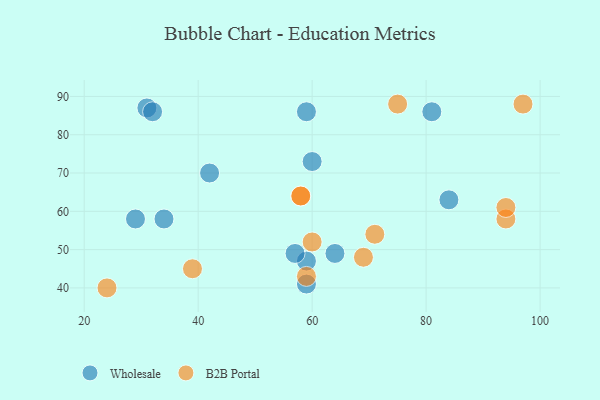
{"axis": {"x": "GDP", "y": "Life Expectancy"}, "legend": ["B2B Portal", "Wholesale"], "data": [{"x": "59", "y": 47, "type": "Wholesale"}, {"x": "31", "y": 87, "type": "Wholesale"}, {"x": "32", "y": 86, "type": "Wholesale"}, {"x": "59", "y": 41, "type": "Wholesale"}, {"x": "42", "y": 70, "type": "Wholesale"}, {"x": "60", "y": 73, "type": "Wholesale"}, {"x": "59", "y": 86, "type": "Wholesale"}, {"x": "29", "y": 58, "type": "Wholesale"}, {"x": "57", "y": 49, "type": "Wholesale"}, {"x": "64", "y": 49, "type": "Wholesale"}, {"x": "34", "y": 58, "type": "Wholesale"}, {"x": "81", "y": 86, "type": "Wholesale"}, {"x": "84", "y": 63, "type": "Wholesale"}, {"x": "97", "y": 88, "type": "B2B Portal"}, {"x": "59", "y": 43, "type": "B2B Portal"}, {"x": "69", "y": 48, "type": "B2B Portal"}, {"x": "94", "y": 58, "type": "B2B Portal"}, {"x": "58", "y": 64, "type": "B2B Portal"}, {"x": "71", "y": 54, "type": "B2B Portal"}, {"x": "75", "y": 88, "type": "B2B Portal"}, {"x": "94", "y": 61, "type": "B2B Portal"}, {"x": "58", "y": 64, "type": "B2B Portal"}, {"x": "24", "y": 40, "type": "B2B Portal"}, {"x": "60", "y": 52, "type": "B2B Portal"}, {"x": "39", "y": 45, "type": "B2B Portal"}]}